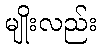
မျိုးလည်း